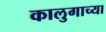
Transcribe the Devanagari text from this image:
कालुगाच्या